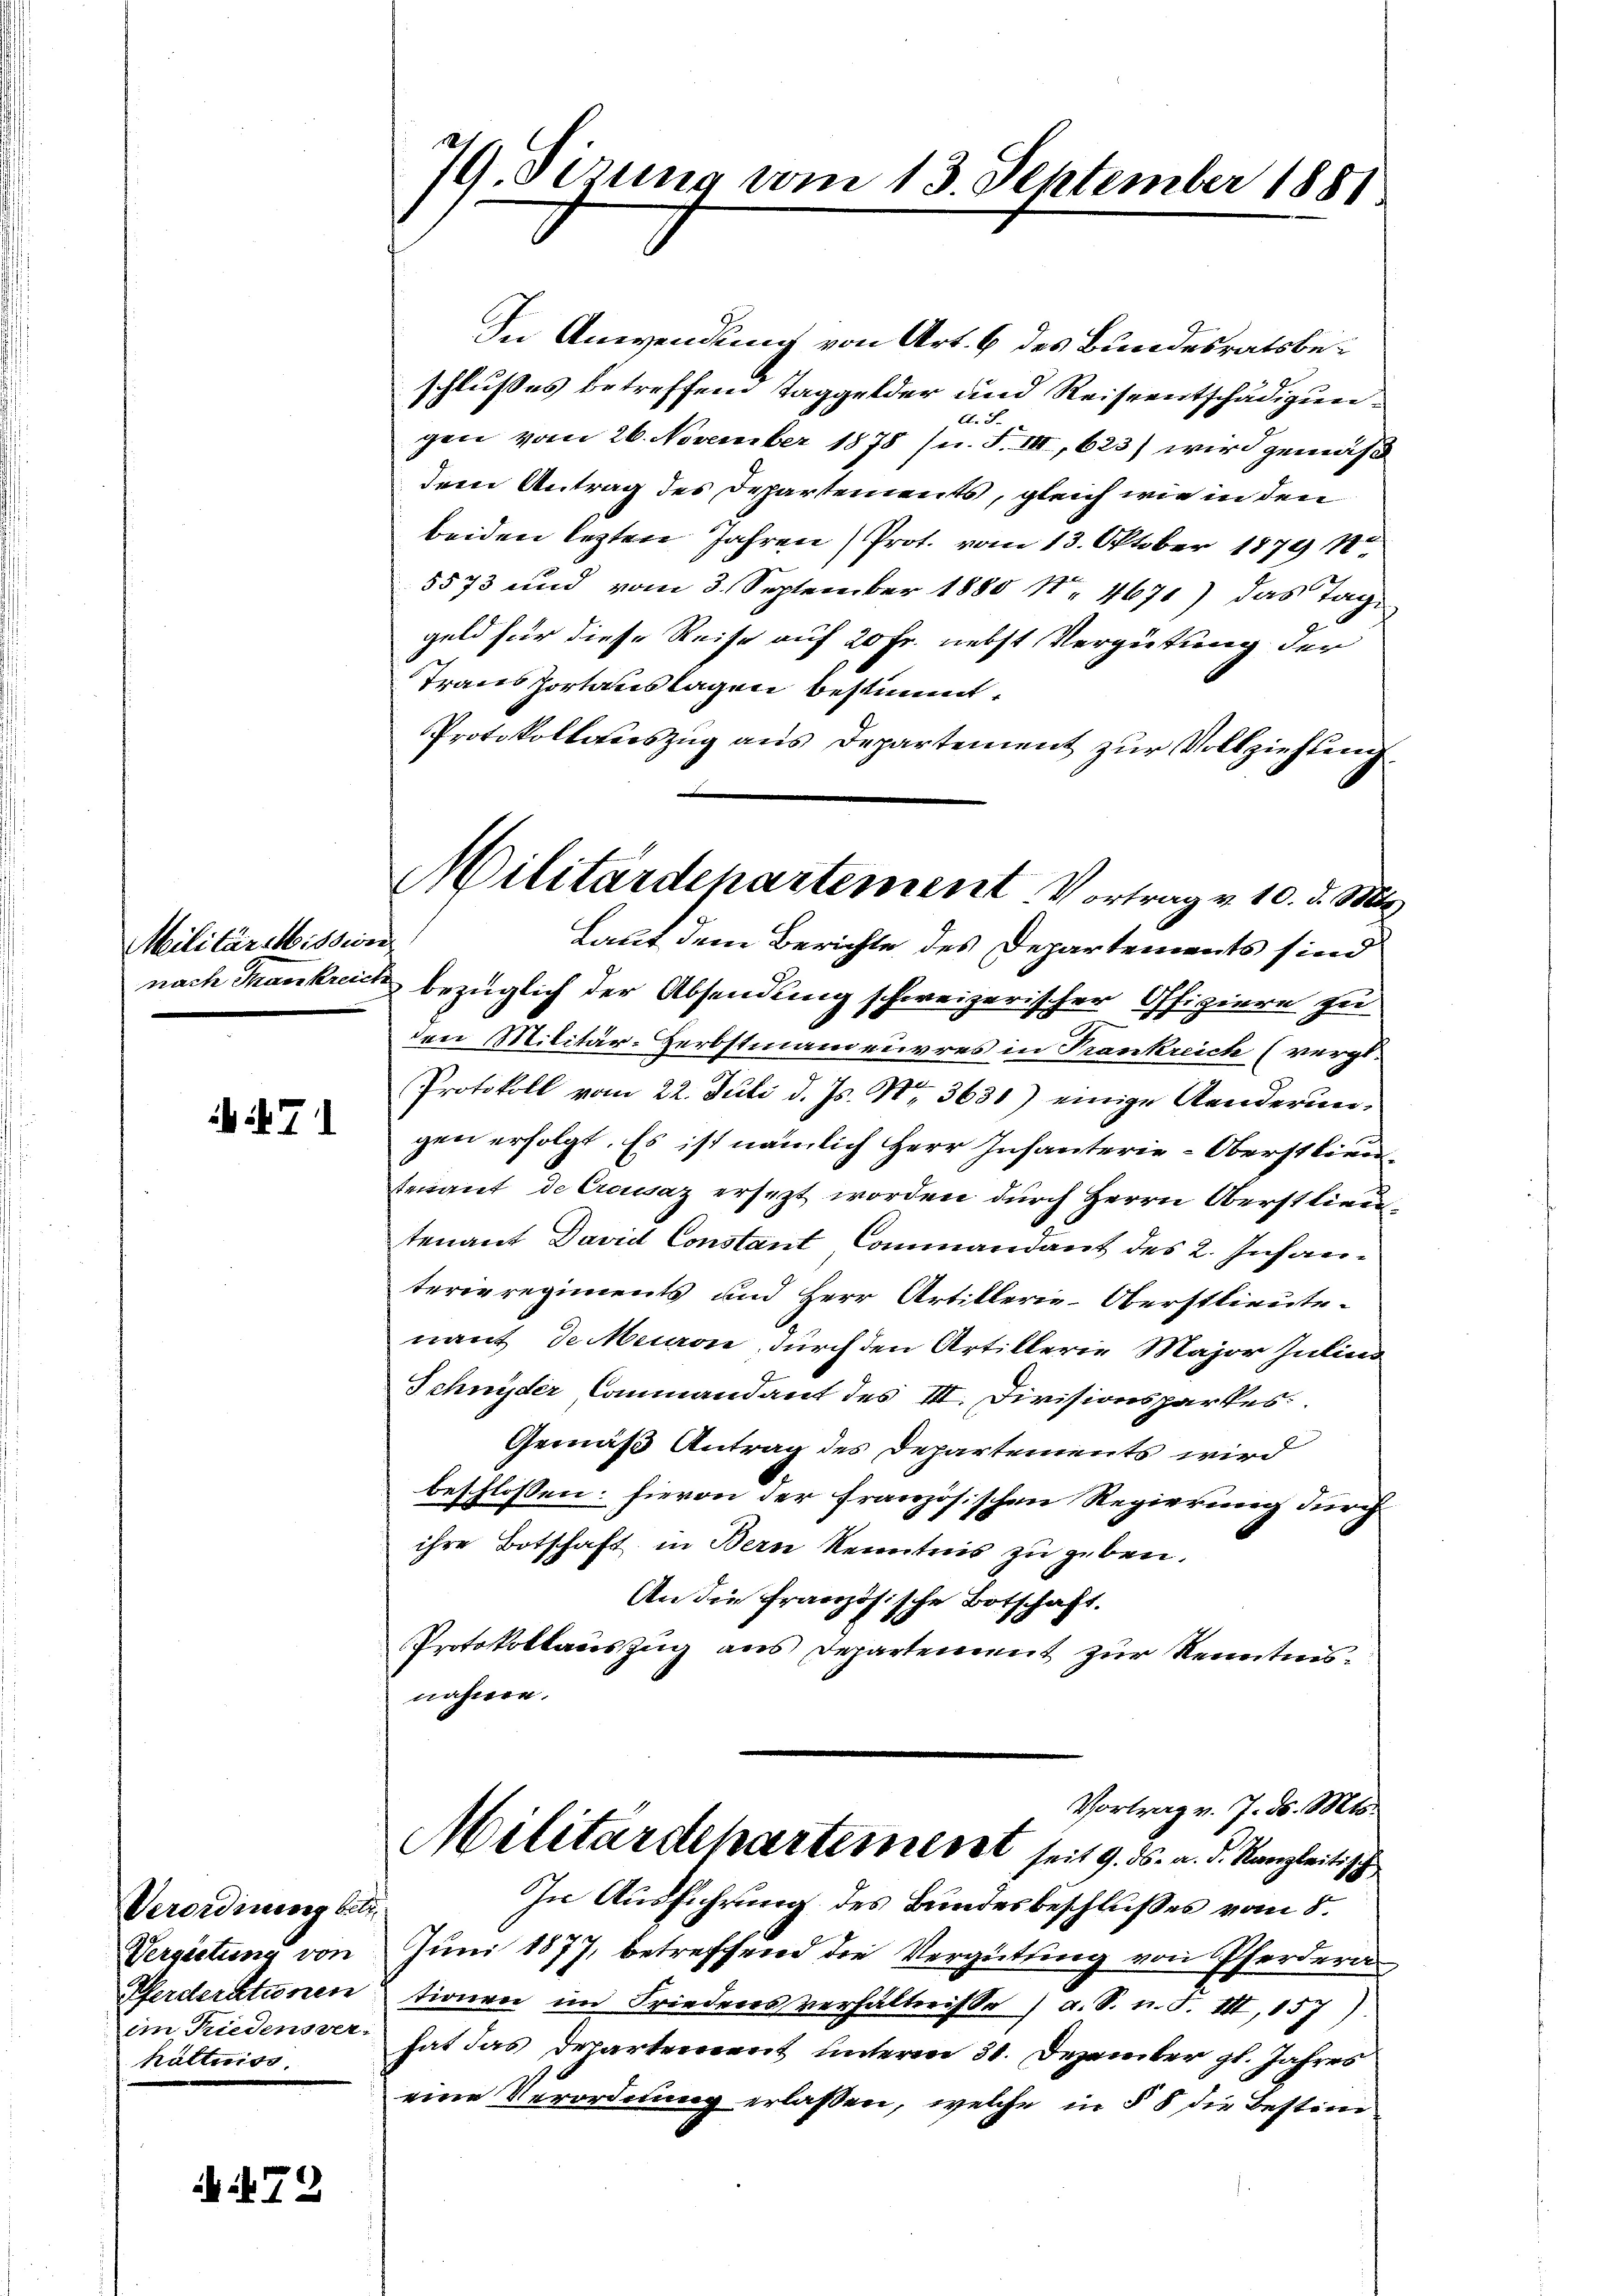
Militärskission

71

Verordnung betr.
Vergütung von
Pferderationen
im Priedensver-
hältniss

72

In Anwendung von Art. 6 des Bundesratsbeschlußes betreffend Taggelder und Reiseentschädigund. S.
gen vom 26. November 1878 (s. S. III, 623) wird gemäß
dem Antrag des Departements, gleich wie in den
beiden lezten Jahren Prot. vom 13. Oktober 1879 M.
5573 und vom 3. September 1880 Nr 4671) das Taggeld für diese Reise auf 20 Fr. nebst Vergütung der
Trans Portauslagen bestimmt,
Protokollauszug aus Departement zur Vollziehung
den Militär-Herbstmanieuvres in Krankreich (vergl.
Protokoll vom 22. Juli d. Js. No. 3631) einige Aenderungen erfolgt. Es ist nämlich Herr Infanterie-Oberstlieu
tenant de Crousaz ersezt worden durch Herrn Oberstlieutenant David Constant, Commandant des 2. Infanterieregiments und Herr Artillerie-Oberstlieute.
nant de Meuron, durch den Artillerie Major Julius
Schnyder Commandant des III. Divisionspartes
Gemäß Antrag des Departements wird
beschlossen: hievon der französischen Regierung durch
ihre Botschaft in Bern Kenntnis zu geben.
An die Französische Botschaft.
Protokollauszug aus Departement zur Kenntnisnähme.

79. Sitzung vom 13. September 1881

Militärdepartement. Vortrag v. 10. d. M.
Laut dem Berichte des Departements sind
nach Trankreich bezüglich der Absendung schweizerischer Offiziere zu

Vortrag v. J. ds. Mts.
Militärdepartement seit 9. ds. a. d. Kanzleitisch

In Ausführung des Bundesbeschlußes vom 8.
Juni 1877, betreffend die Vergütung von Pferderationen im Friedenes verhältnisse / a. S. n. F. III, 157).
hat das Departement unteren 31. Dezember gl. Jahres
eine Verordnung erlaßen, welche in § 8 die Bestim